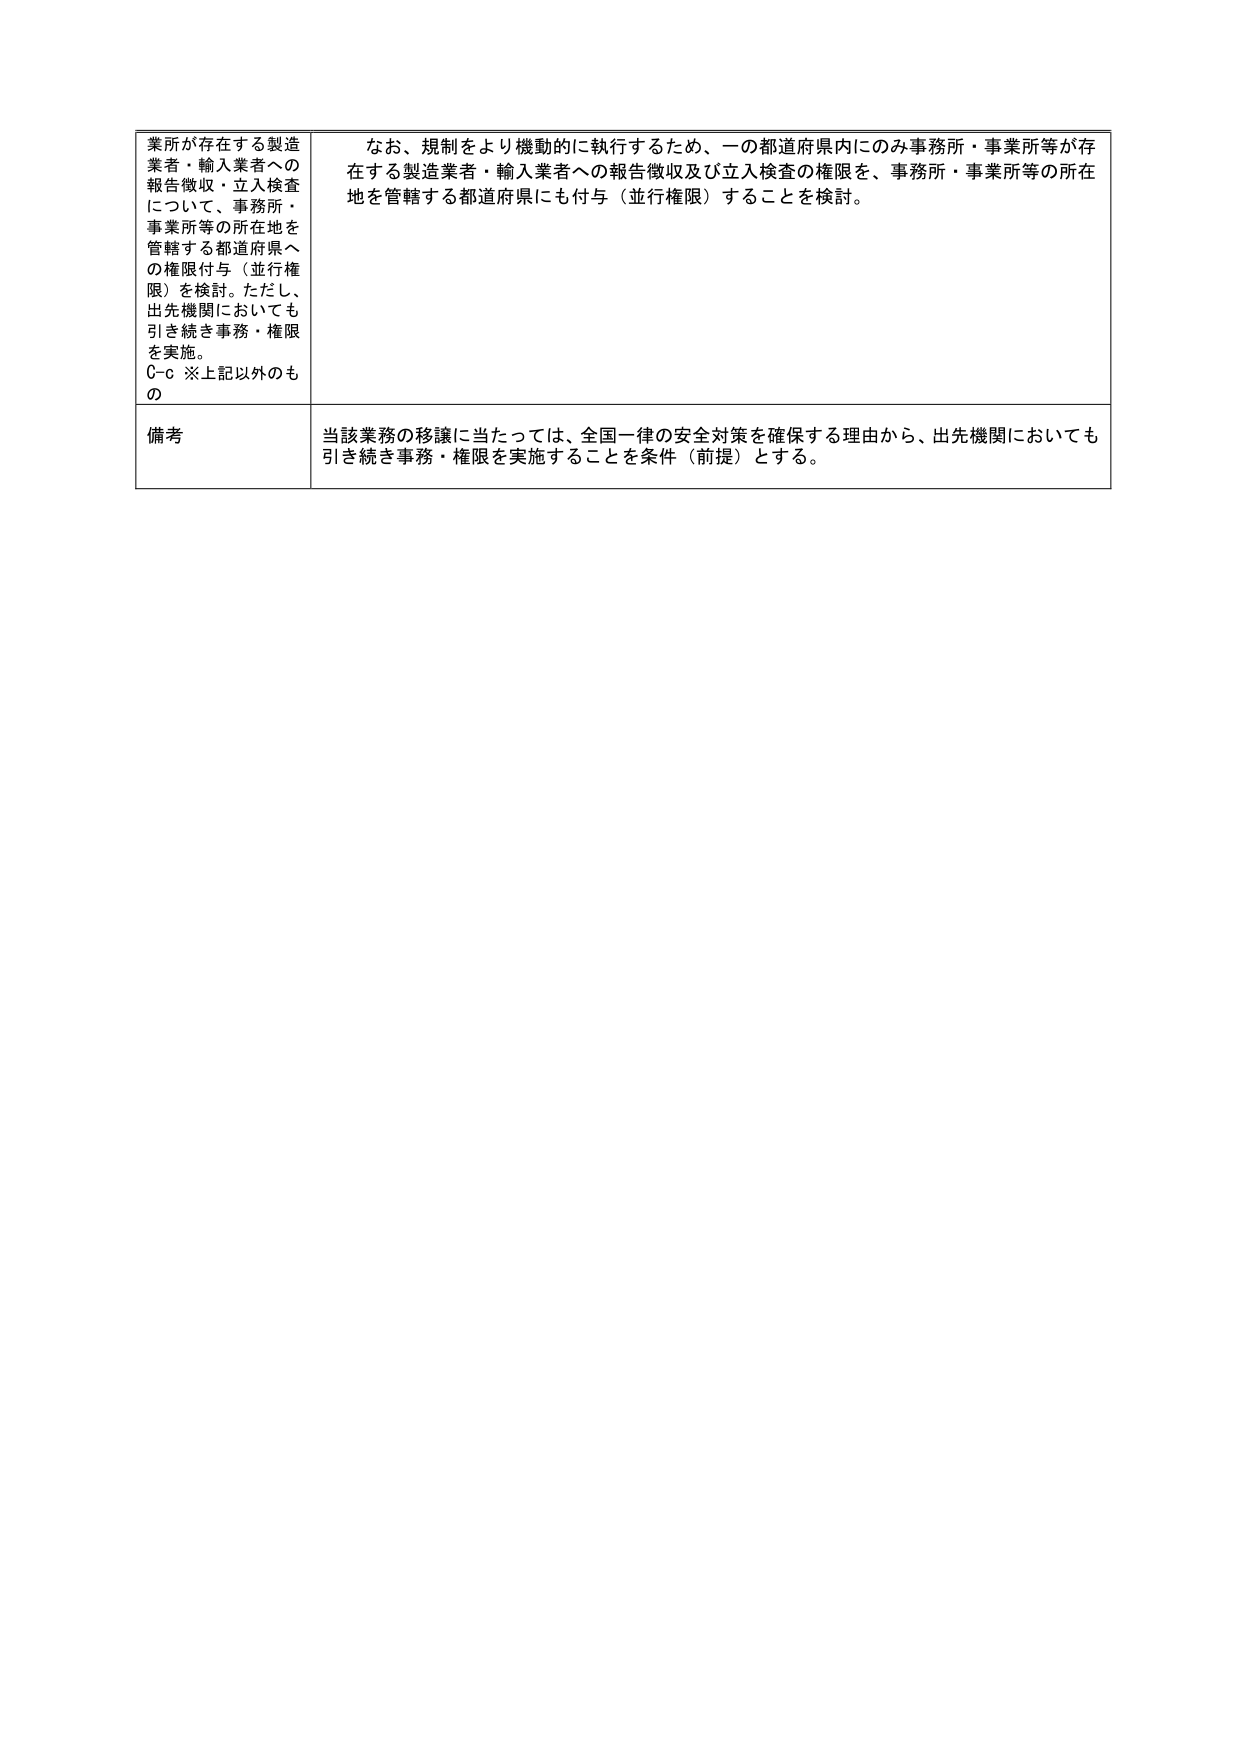
業所が存在する製造業者・輸入業者への報告徴収・立入検査について、事務所・事業所等の所在地を管轄する都道府県への権限付与（並行権限）を検討。ただし、出先機関においても引き続き事務・権限を実施。
C-c ※上記以外のもの

なお、規制をより機動的に執行するため、一の都道府県内にのみ事務所・事業所等が存在する製造業者・輸入業者への報告徴収及び立入検査の権限を、事務所・事業所等の所在地を管轄する都道府県にも付与（並行権限）することを検討。

備考
当該業務の移譲に当たっては、全国一律の安全対策を確保する理由から、出先機関においても引き続き事務・権限を実施することを条件（前提）とする。